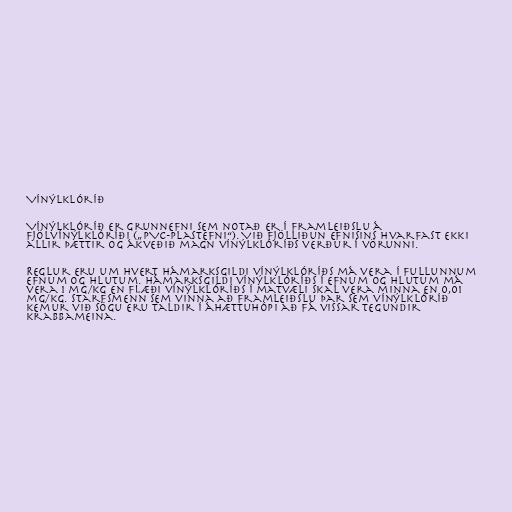
Vínýlklóríð

Vínýlklóríð er grunnefni sem notað er í framleiðslu á
fjölvínýlklóríði („PVC-plastefni“). Við fjölliðun efnisins hvarfast ekki
allir þættir og ákveðið magn vínýlklóríðs verður í vörunni.

Reglur eru um hvert hámarksgildi vínýlklóríðs má vera í fullunnum
efnum og hlutum. Hámarksgildi vínýlklóríðs í efnum og hlutum má
vera 1 mg/kg en flæði vínýlklóríðs í matvæli skal vera minna en 0,01
mg/kg. Starfsmenn sem vinna að framleiðslu þar sem vínýlklóríð
kemur við sögu eru taldir í áhættuhópi að fá vissar tegundir
krabbameina.